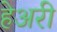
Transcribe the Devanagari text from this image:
हेअरी